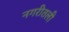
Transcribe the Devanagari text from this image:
नगरीतली